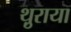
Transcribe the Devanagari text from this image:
थ़ुराया